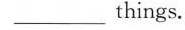
___ things.